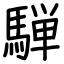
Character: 騨